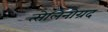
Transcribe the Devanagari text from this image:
त्सेलिनोग्रद